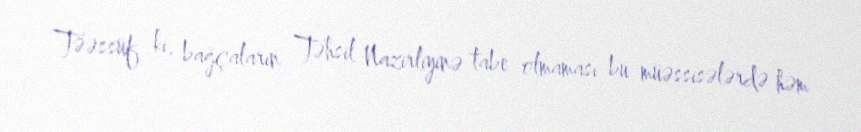
Təəssüf ki, bağçaların Təhsil Nazirliyinə tabe olmaması bu müəssisələrdə həm